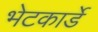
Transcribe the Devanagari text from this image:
भेटकार्डे